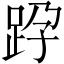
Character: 𨀊